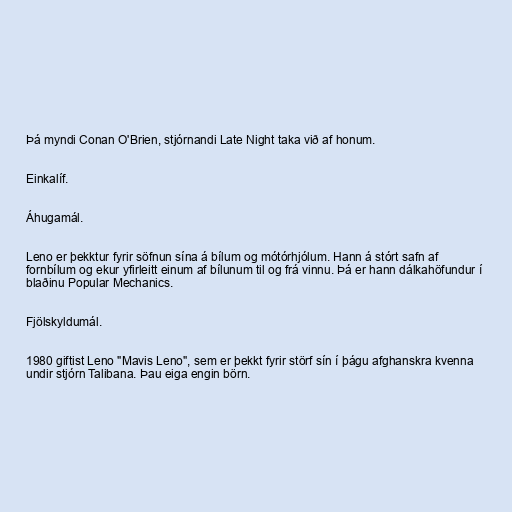
Þá myndi Conan O'Brien, stjórnandi Late Night taka við af honum.

Einkalíf.

Áhugamál.

Leno er þekktur fyrir söfnun sína á bílum og mótórhjólum. Hann á stórt safn af
fornbílum og ekur yfirleitt einum af bílunum til og frá vinnu. Þá er hann dálkahöfundur í
blaðinu Popular Mechanics.

Fjölskyldumál.

1980 giftist Leno "Mavis Leno", sem er þekkt fyrir störf sín í þágu afghanskra kvenna
undir stjórn Talibana. Þau eiga engin börn.